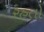
રહતો